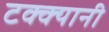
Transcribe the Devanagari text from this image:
टक्क्यानी